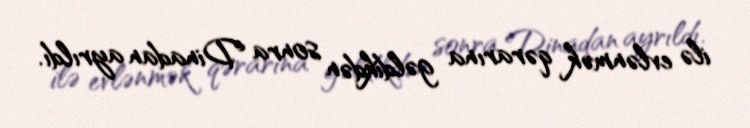
ilə evlənmək qərarına gəldikdən sonra Dinadan ayrıldı.